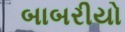
બાબરીયો